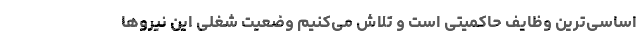
اساسی‌ترین وظایف حاکمیتی است و تلاش می‌کنیم وضعیت شغلی این نیروها